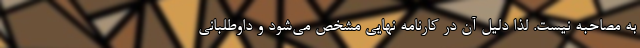
به مصاحبه نیست. لذا دلیل آن در کارنامه نهایی مشخص می‌شود و داوطلبانی